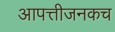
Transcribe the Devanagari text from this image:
आपत्तीजनकच